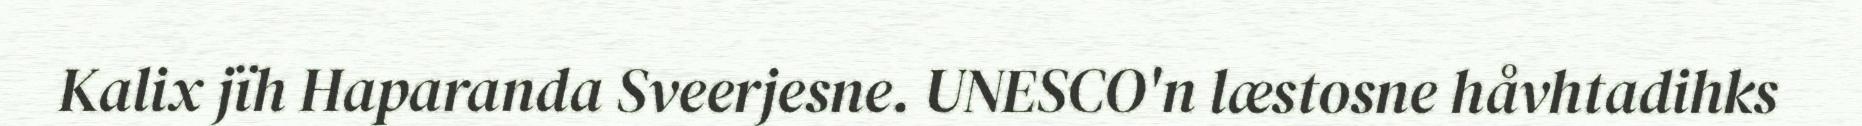
Kalix jïh Haparanda Sveerjesne. UNESCO'n læstosne håvhtadihks